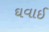
ઘવાઈ